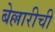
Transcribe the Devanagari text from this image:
बेल्लारीची